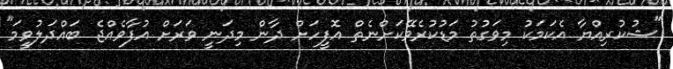
"ޝުކުރިއްޔާ އެކަމަކު މިވަގުތު މަޑުކުރެވޭކަށްނެތް އޮފީހަށް ދާން މިދަނީ ވަރަށް އުފާވެއްޖެ ބައްދަލުވީމަ"